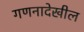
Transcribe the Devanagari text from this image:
गणनादेखील